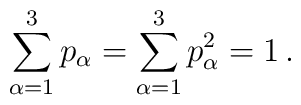
\sum_{\alpha=1}^3 p_\alpha =\sum_{\alpha=1}^3 p^2_\alpha = 1\,.